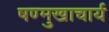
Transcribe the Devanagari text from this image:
षण्मुखाचार्य